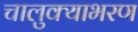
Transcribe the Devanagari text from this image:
चालुक्याभरण